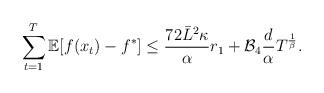
LaTeX: \begin{align*} \sum_{t=1}^{T}\mathbb{E}[f(x_t)-f^*]\leq \frac{72\bar{L}^2\kappa}{\alpha}r_{1}+\mathcal{B}_{4} \frac{d}{\alpha}T^{\frac{1}{\beta}}.\end{align*}